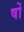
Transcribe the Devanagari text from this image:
षों